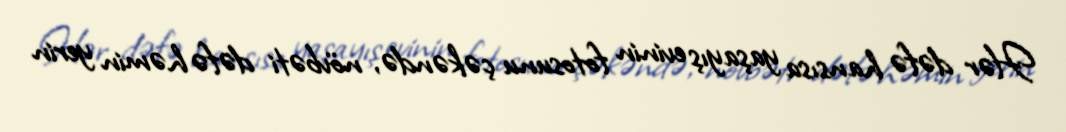
Hər dəfə hansısa yaşayış evinin fotosunu çəkəndə, növbəti dəfə həmin yerin